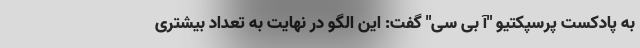
به پادکست پرسپکتیو "آ بی سی" گفت: این الگو در نهایت به تعداد بیشتری